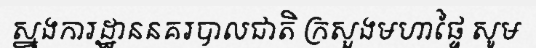
ស្នងការដ្ឋាននគរបាលជាតិ ក្រសួងមហាផ្ទៃ សូម